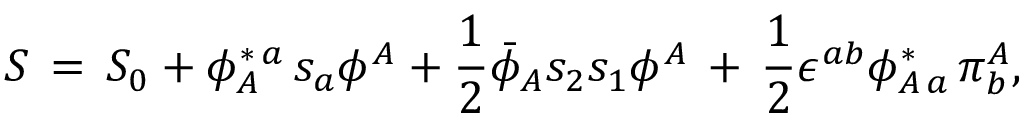
S \, = \, S _ { 0 } + \phi _ { A } ^ { \ast \, a } \, s _ { a } \phi ^ { A } + { \frac { 1 } { 2 } } { \bar { \phi } } _ { A } s _ { 2 } s _ { 1 } \phi ^ { A } \, + \, { \frac { 1 } { 2 } } \epsilon ^ { a b } \phi _ { A \, a } ^ { \ast } \, \pi _ { b } ^ { A } ,